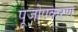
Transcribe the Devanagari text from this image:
पूजोपकरण